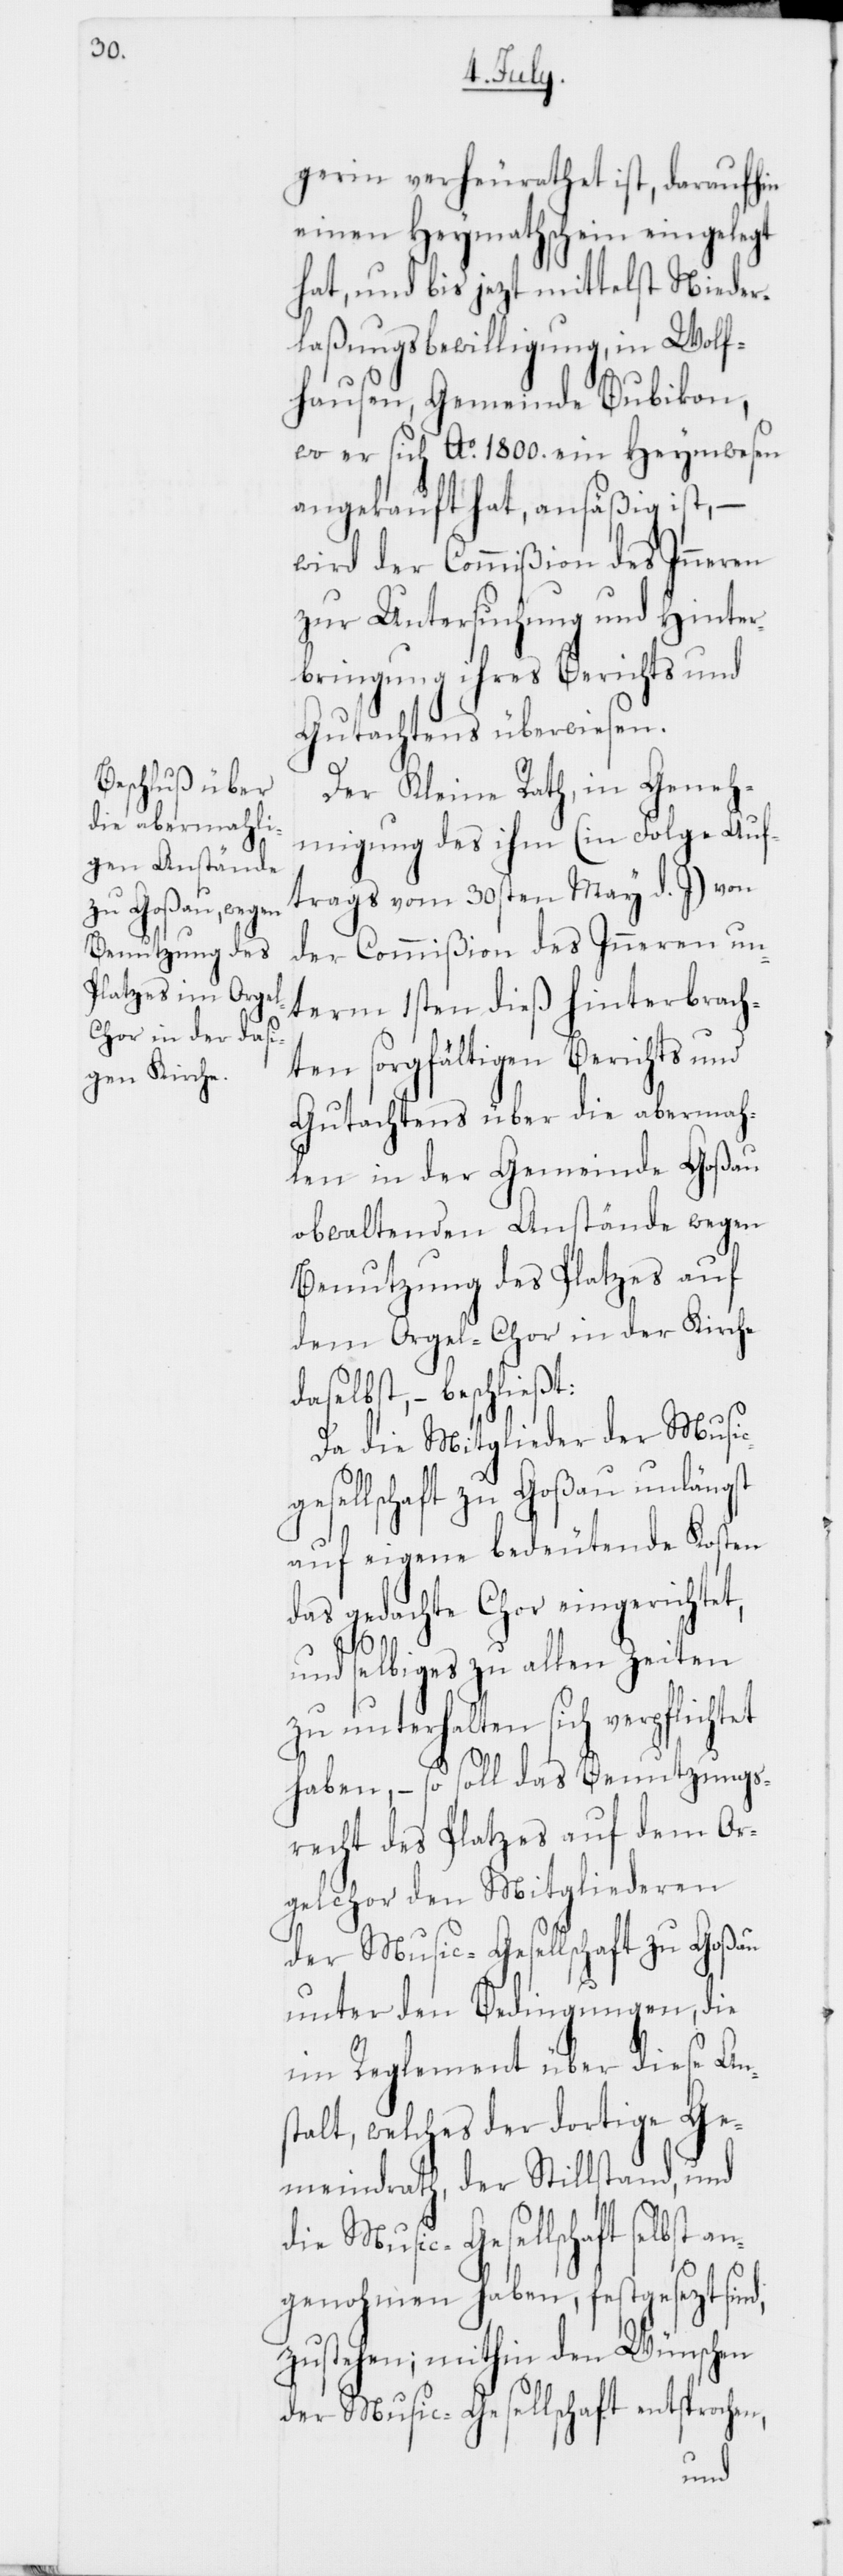
gerin verheurathet ist, daraufhin
einen Heymathschein eingelegt
hat, und bis jezt mittelst Nieder¬
laßungsbewilligung, in Wolf¬
hausen, Gemeinde Bubikon,
wo er sich Ao 1800. ein Heymwesen
angekauft hat, ansäßig ist, –
wird der Commißion des Inneren
zur Untersuchung und Hinter¬
bringung ihres Berichts und
Gutachtens überwiesen.
Der Kleine Rath, in Geneh¬
migung des ihm (in Folge Auf¬
trags vom 30sten May d. J.) von
der Commißion des Inneren un¬
term 1sten dieß hinterbrach¬
ten sorgfältigen Berichts und
Gutachtens über die abermah¬
len in der Gemeinde Goßau
obwaltenden Anstände wegen
Benutzung des Platzes auf
dem Orgel-Chor in der Kirche
daselbst, – beschließt:
Da die Mitglieder der Music¬
gesellschaft zu Goßau unlängst
auf eigene bedeutende Kosten
das gedachte Chor eingerichtet,
d,
und selbiges zu allen Zeiten
zu unterhalten sich verpflichtet
haben, – so soll das Benutzungs¬
recht des Platzes auf dem Or¬
gelchor den Mitgliederen
der Music-Gesellschaft zu Goßau
unter den Bedingungen, die
im Reglement über diese Ans¬
talt, welches der dortige Ge¬
meindrath, der Stillstand, und
die Music-Gesellschaft selbst an¬
genohmen haben, festgesezt sin¬
zustehen; mithin den Wünschen
der Music-Gesellschaft entsprochen,